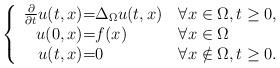
LaTeX: \begin{align*}\left\{ \begin{array}{r@{=}l@{\quad\forall}l}\frac{\partial}{\partial t}u(t,x) & \Delta_{\Omega}u(t,x) & x\in\Omega, t\geq 0,\\u(0,x) & f(x)& x\in \Omega\\u(t,x) & 0 & x \notin \Omega, t\geq 0. \end{array}\right.\end{align*}